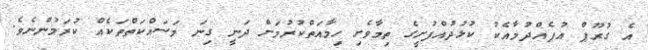
އެ ގުރޫޕް އުފެއްދުމާއެކު ކުޅުދުއްފުށީގެ ތިމާވެށި ހިމާއަތްކުރުމަށް ދަނީ ގިނަ މަސައްކަތްތަކެއް ކުރަމުންނެވެ.